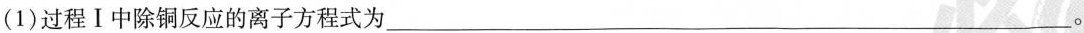
(1)过程Ⅰ中除铜反应的离子方程式为__ _。